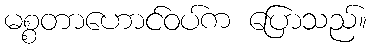
မစ္စတာဟောင်ဝပ်က ပြောသည်။